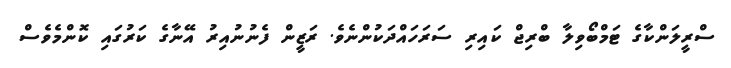
ސްރީލަންކާގެ ޓަމްބޯވިލާ ބްރިޖް ކައިރި ސަރަހައްދަކުންނެވެ. ރަޒީން ފެނުނުއިރު އޭނާގެ ކަރުގައި ކޮންމެވެސް